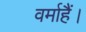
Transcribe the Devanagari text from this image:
वर्माहैं।